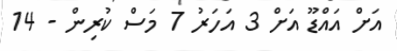
އަށް އައްޑޫ އަށް 3 އަހަރު 7 މަސް ކުރިން - 14